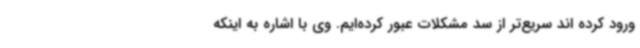
ورود کرده اند سریع‌تر از سد مشکلات عبور کرده‌ایم. وی با اشاره به اینکه